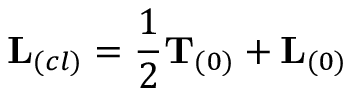
{ \bf L } _ { ( c l ) } = \frac { 1 } { 2 } { \bf T } _ { ( 0 ) } + { \bf L } _ { ( 0 ) }